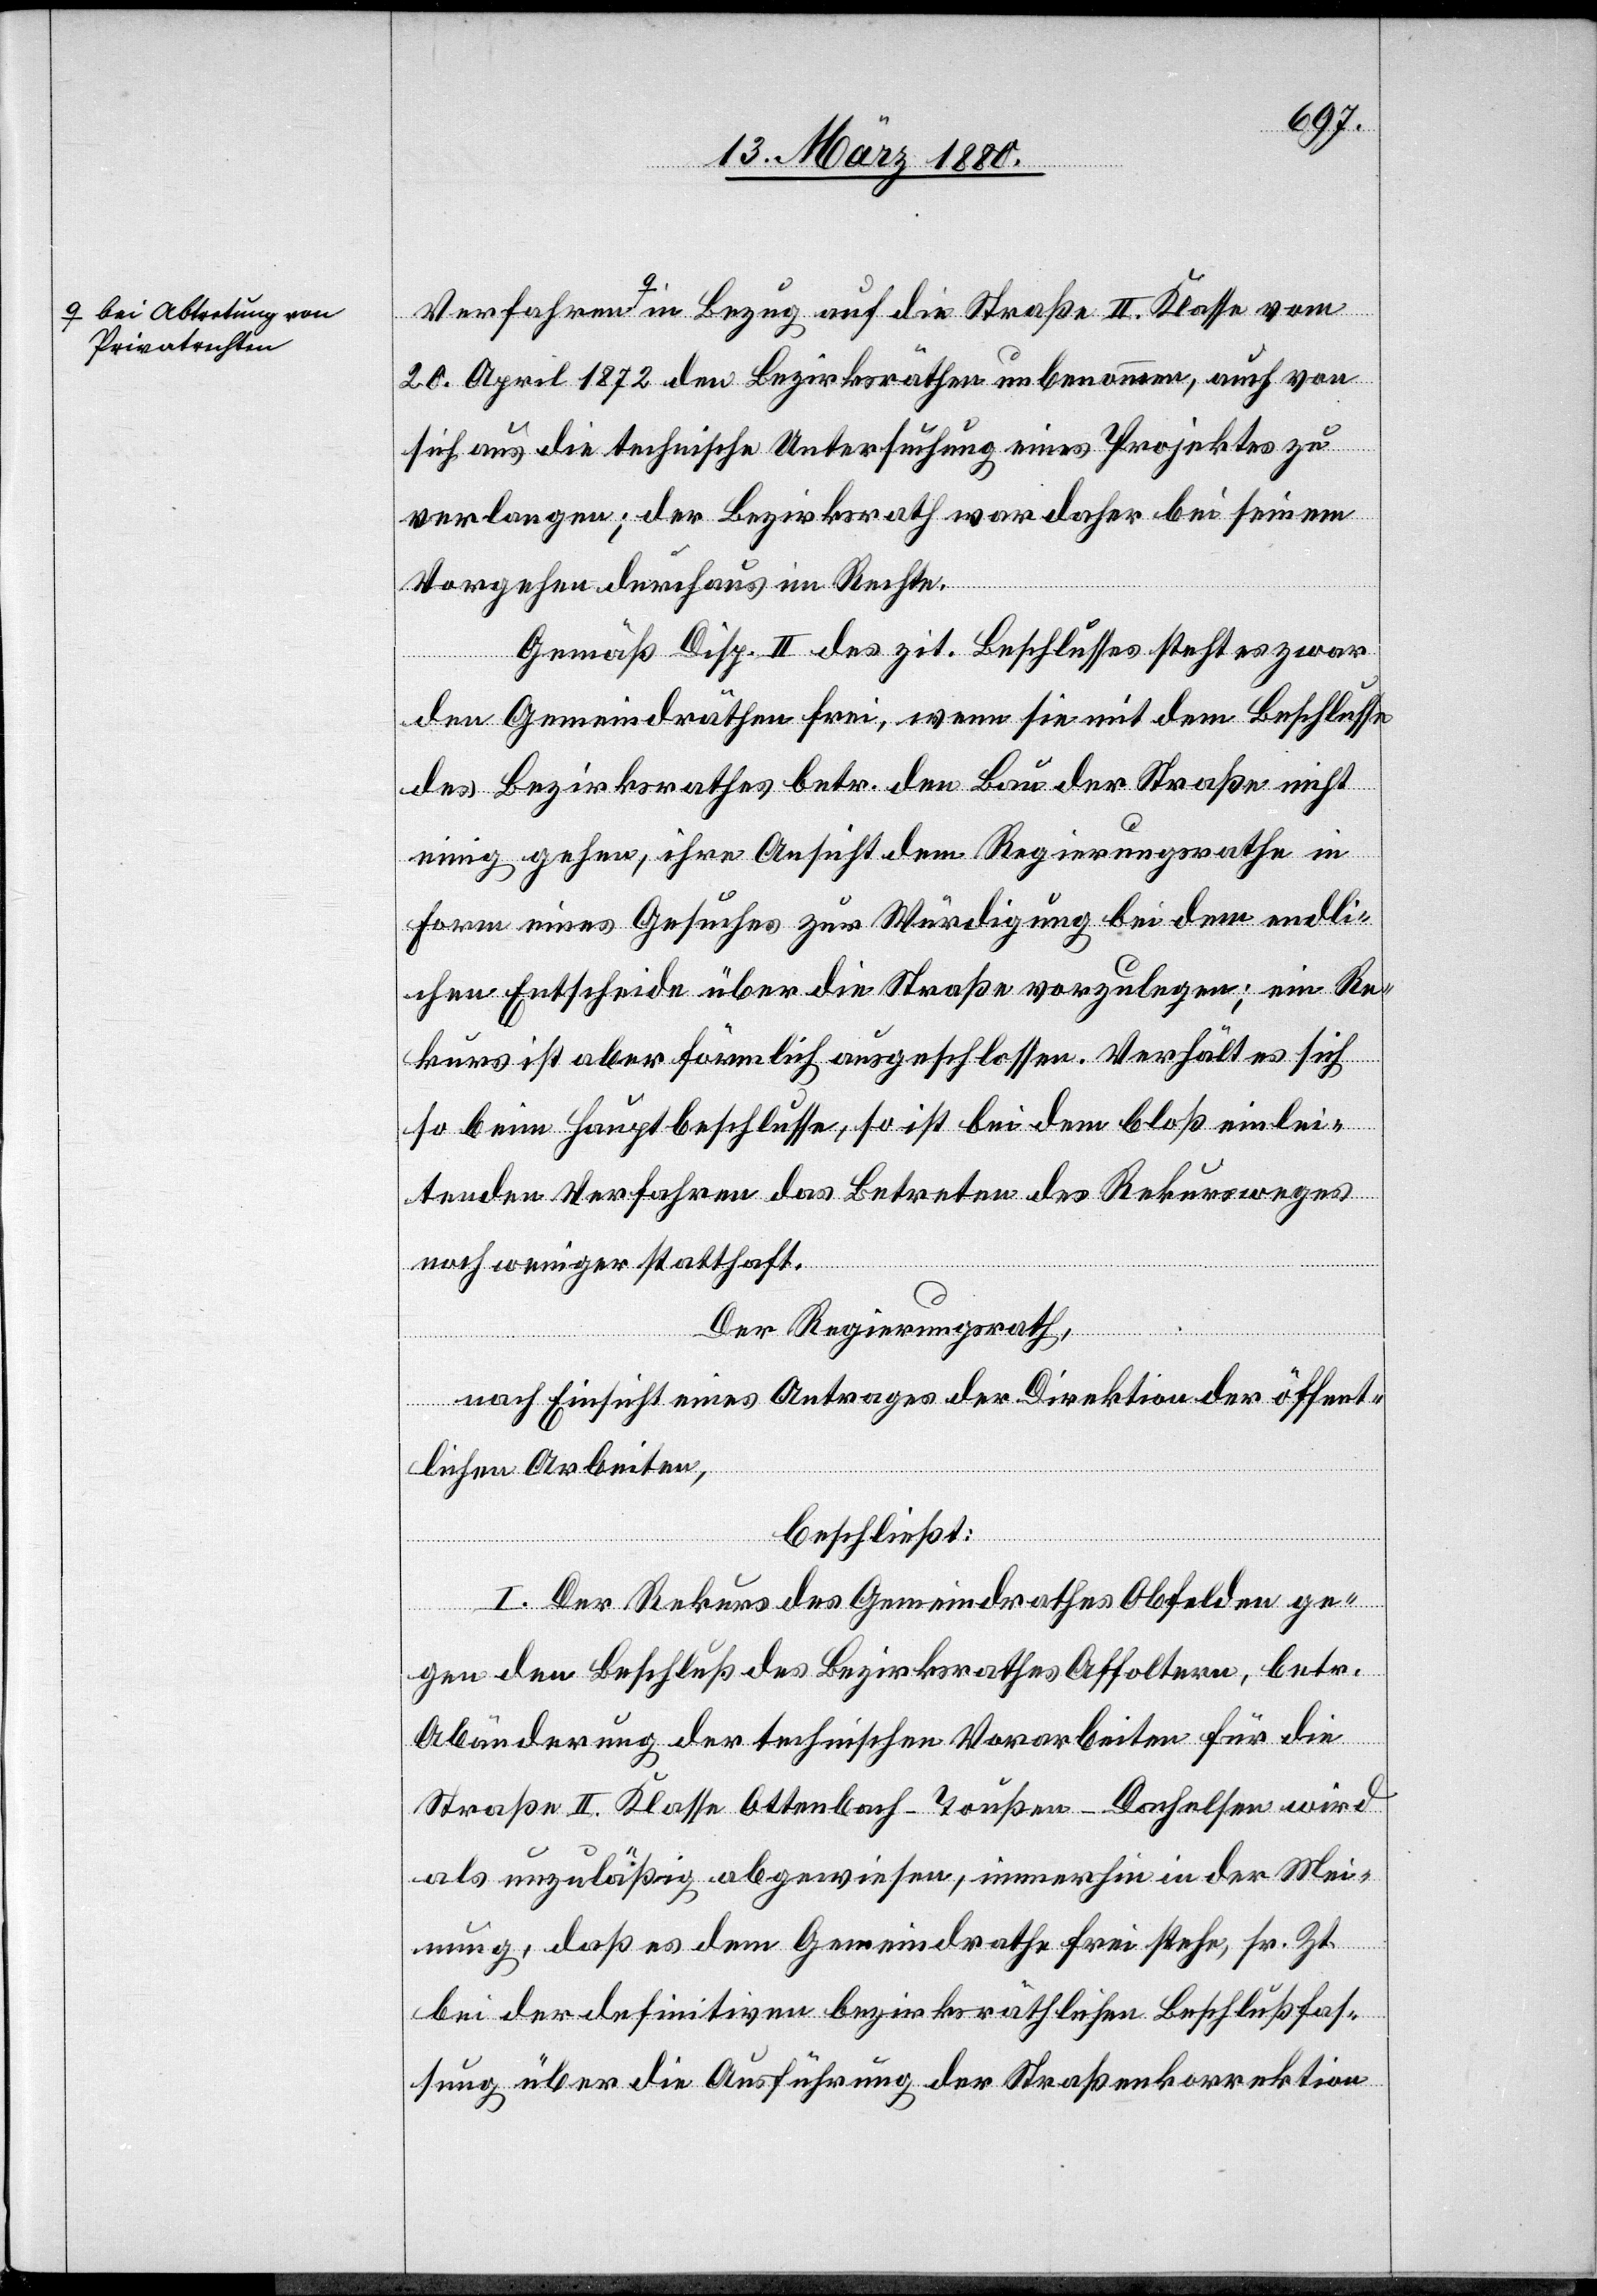
a-bei Abtretung von
Privatrechten-a

20. April 1872 den Bezirksräthen unbenommen, auch von
sich aus die technische Untersuchung eines Projektes zu
verlangen; der Bezirksrath war daher bei seinem
Vorgehen durchaus im Rechte.
Gemäß Disp. II des zit. Beschlusses steht es zwar
den Gemeindräthen frei, wenn sie mit dem Beschlusse
des Bezirksrathes betr. den Bau der Straße nicht
einig gehen, ihre Ansicht dem Regierungsrathe in
Form eines Gesuches zur Würdigung bei dem endli¬
chen Entscheide über die Straße vorzulegen; ein Re¬
kurs ist aber förmlich ausgeschlossen. Verhält es sich
so beim Hauptbeschlusse, so ist bei dem bloß einlei¬
tenden Verfahren das Betreten des Rekursweges
noch weniger statthaft.
Der Regierungsrath,
nach Einsicht eines Antrages der Direktion der öffent¬
lichen Arbeiten,
beschließt:
I. Der Rekurs des Gemeindrathes Obfelden ge¬
gen den Beschluß des Bezirksrathes Affoltern, betr.
Abänderung der technischen Vorarbeiten für die
Straße II. Klasse Ottenbach–Toußen–Dachelsen wird
als unzuläßig abgewiesen, immerhin in der Mei¬
vom
nung, daß es dem Gemeindrathe frei stehe, sr. Zt.
bei der definitiven bezirksräthlichen Beschlußfas¬
sung über die Ausführung der Straßenkorrektion